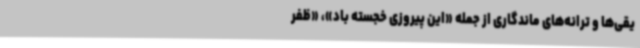
یقی‌ها و ترانه‌های ماندگاری از جمله «این پیروزی خجسته باد»، «ظفر